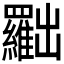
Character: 𠚢